Indian journal of veterinary science and animal husbandry - Volumes 22-23, 1952-1953
Year: 1952
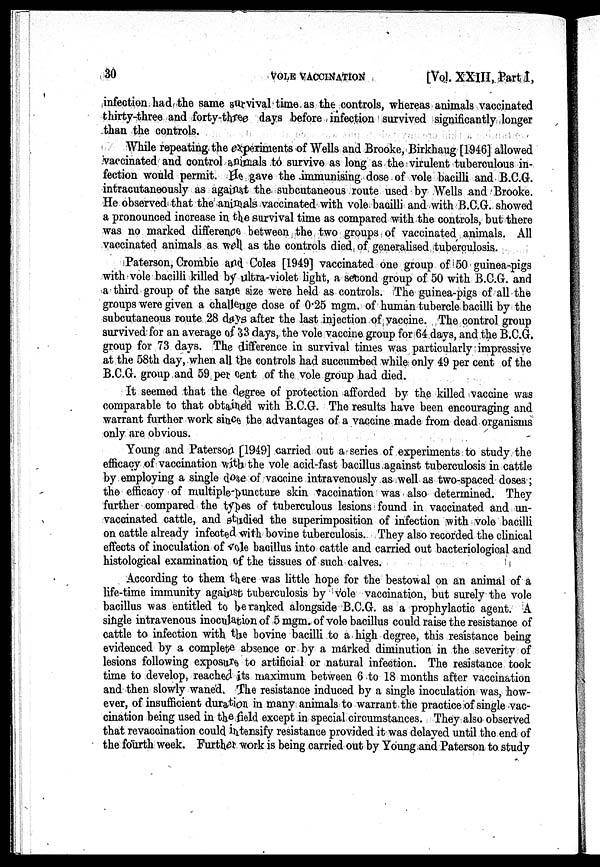
30 VOLE
VACCINATION
[Vol. XXIII, Part, I,
infection, had the same survival time as the controls, whereas animals vaccinated
thirty-three and forty-three days before infection survived significantly longer
than the controls.
While repeating, the experiments of Wells and Brooke, Birkhaug [1946] allowed
vaccinated and control animals to survive as long as the virulent tuberculous in-
fection would permit. He gave the immunising dose of vole bacilli and B.C.G.
intracutaneously as against the subcutaneous route used by Wells and Brooke.
He observed that the animals vaccinated with vole bacilli and with B.C.G. showed
a pronounced increase in the survival time as compared with the controls, but there
was no marked difference between the two groups of vaccinated animals. All
vaccinated animals as well as the controls died of generalised tuberculosis.
Paterson, Crombie and Coles [1949] vaccinated one group of 50 guinea-pigs
with vole bacilli killed by ultra-violet light, a second group of 50 with B.C.G. and
a third group of the same size were held as controls. The guinea-pigs of all the
groups were given a challenge dose of 0.25 mgm. of human tubercle bacilli by the
subcutaneous route 28 days after the last injection of vaccine. The control group
survived: for an average of 33 days, the vole vaccine group for 64 days, and the B.C.G.
group for 73 days. The difference in survival times was particularly impressive
at the 58th day, when all the controls had succumbed while; only 49 per cent of the
B.C.G. group and 59 per cent of the vole group had died.
It seemed that the degree of protection afforded by the killed vaccine was
comparable to that obtained with B.C.G. The results have been encouraging and
warrant further work since the advantages of a vaccine made from dead organisms
only are obvious.
Young and Paterson [1949] carried out a series of experiments to study the
efficacy of vaccination with the vole acid-fast bacillus against tuberculosis in cattle
by employing a single dose of vaccine intravenously as well as two-spaced doses;
the efficacy of multiple puncture skin vaccination was also determined. They
further compared the types of tuberculous lesions found in vaccinated and un-
vaccinated cattle, and studied the superimposition of infection with vole bacilli
on cattle already infected with bovine tuberculosis. They also recorded the clinical
effects of inoculation of vole bacillus into cattle and carried out bacteriological and
histological examination of the tissues of such calves.
According to them there was little hope for the bestowal on an animal of a
life-time immunity against tuberculosis by vole vaccination, but surely the vole
bacillus was entitled to be ranked alongside B.C.G. as a prophylactic agent. A
single intravenous inoculation of 5 mgm. of vole bacillus could raise the resistance of
cattle to infection with the bovine bacilli to a high degree, this resistance being
evidenced by a complete absence or by a marked diminution in the severity of
lesions following exposure to artificial or natural infection. The resistance took
time to develop, reached its maximum between 6 to 18 months after vaccination
and then slowly waned. The resistance induced by a single inoculation was, how-
ever, of insufficient duration in many animals to warrant the practice of single vac-
cination being used in the field except in special circumstances. They also observed
that revaccination could intensify resistance provided it was delayed until the end of
the fourth week. Further work is being carried out by Young and Paterson to study